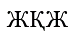
ЖҚЖ